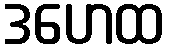
ဒဟေထ